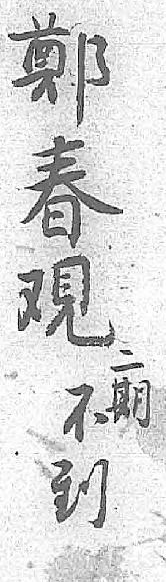
鄭二不春期到覌